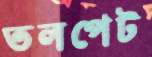
তলপেট